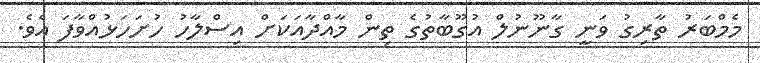
މެމްބަރު ތާރިގު ވަނީ ގާނޫނުލް އުގޫބާތުގެ ތިން މާއްދާއަކަށް އިސްލާހު ހުށަހަޅުއްވާފަ އެވެ.